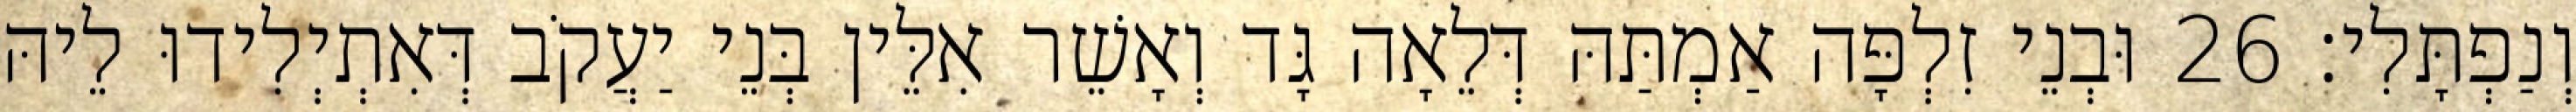
וְנַפְתָּלִי׃ 26 וּבְנֵי זִלְפָּה אַמְתַּהּ דְּלֵאָה גָּד וְאָשֵׁר אִלֵּין בְּנֵי יַעֲקֹב דְּאִתְיְלִידוּ לֵיהּ